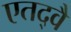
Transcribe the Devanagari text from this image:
एतद्वै